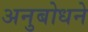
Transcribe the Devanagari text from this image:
अनुबोधने